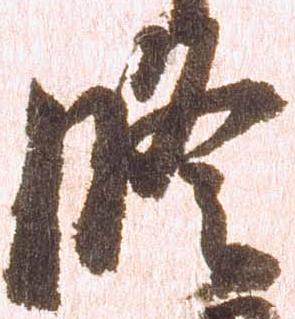
修